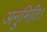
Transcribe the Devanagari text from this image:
अनुमिति।